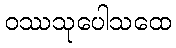
ဝဿသုပေါသထေ